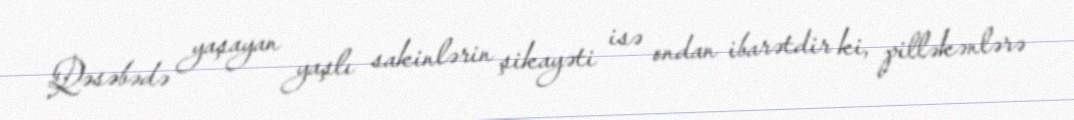
Qəsəbədə yaşayan yaşlı sakinlərin şikayəti isə ondan ibarətdir ki, pilləkənlərə